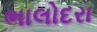
ભાલોદરા